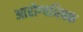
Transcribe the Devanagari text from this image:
आरोग्यविषक